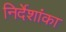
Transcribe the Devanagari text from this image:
निर्देशांका